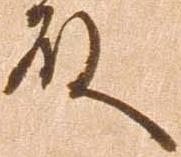
殿